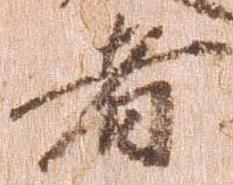
者